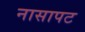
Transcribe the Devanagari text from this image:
नासापट